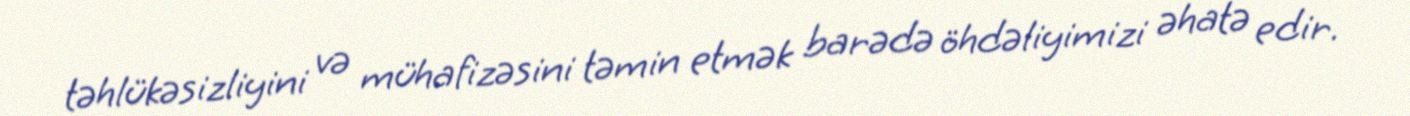
təhlükəsizliyini və mühafizəsini təmin etmək barədə öhdəliyimizi əhatə edir.